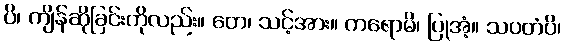
ပိ၊ ကျိန်ဆိုခြင်းကိုလည်း။ တေ၊ သင့်အား။ ကရောမိ၊ ပြုအံ့။ သပတံပိ၊